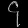
Digit: ၄